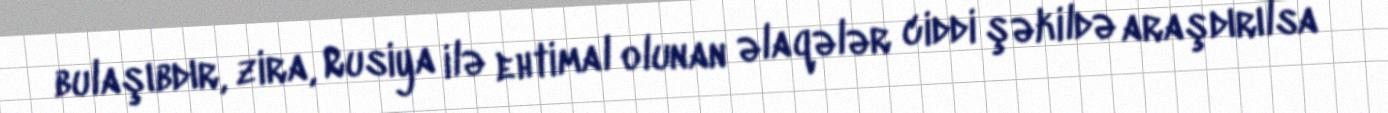
bulaşıbdır, zira, Rusiya ilə ehtimal olunan əlaqələr ciddi şəkildə araşdırılsa